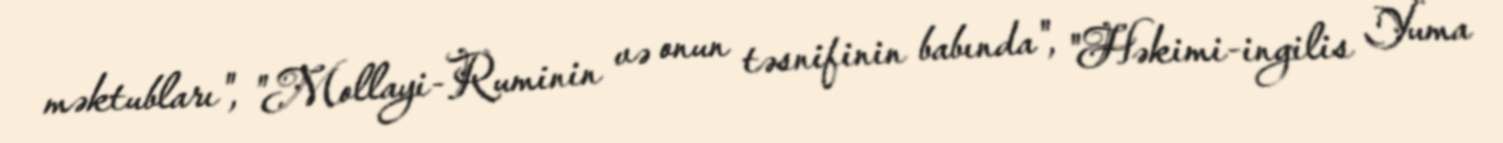
məktubları", "Mollayi-Ruminin və onun təsnifinin babında", "Həkimi-ingilis Yuma